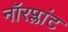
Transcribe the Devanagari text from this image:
नॉरप्लांट